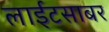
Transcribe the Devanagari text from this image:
लाईटसाबर